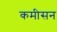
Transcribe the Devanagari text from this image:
कमीसन